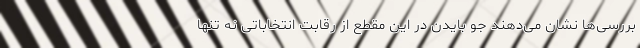
بررسی‌ها نشان می‌دهند جو بایدن در این مقطع از رقابت انتخاباتی نه تنها